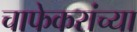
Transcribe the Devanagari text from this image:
चाफेकरांच्या